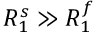
R _ { 1 } ^ { s } \gg R _ { 1 } ^ { f }